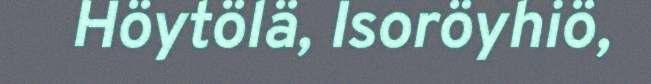
Höytölä, Isoröyhiö,